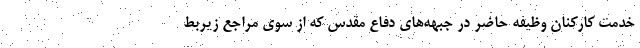
خدمت کارکنان وظیفه حاضر در جبهه‌های دفاع مقدس که از سوی مراجع زیربط